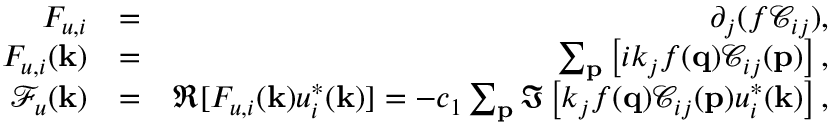
\begin{array} { r l r } { F _ { u , i } } & { = } & { \partial _ { j } ( f \mathcal { C } _ { i j } ) , } \\ { F _ { u , i } ( { \bf k } ) } & { = } & { \sum _ { \bf p } \left[ i k _ { j } f ( { \bf q } ) \mathcal { C } _ { i j } ( { \bf p } ) \right] , } \\ { \mathcal { F } _ { u } ( { \bf k } ) } & { = } & { \Re [ F _ { u , i } ( { \bf k } ) u _ { i } ^ { * } ( { \bf k } ) ] = - c _ { 1 } \sum _ { \bf p } \Im \left[ k _ { j } f ( { \bf q } ) \mathcal { C } _ { i j } ( { \bf p } ) u _ { i } ^ { * } ( { \bf k } ) \right] , } \end{array}